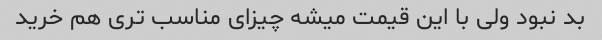
بد نبود ولی با این قیمت میشه چیزای مناسب تری هم خرید